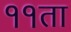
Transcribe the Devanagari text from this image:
११ता